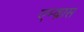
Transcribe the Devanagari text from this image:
एम्ब्रास